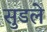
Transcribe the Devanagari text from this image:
सुडले